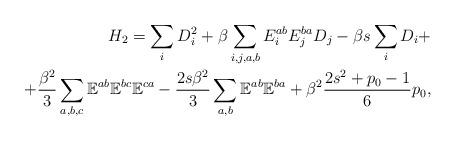
LaTeX: \begin{align*}H_{2}=\sum_i D_i^2+\beta\sum_{i,j,a,b}E^{ab}_iE^{ba}_jD_j-\beta s\sum_i D_i+\\+\frac{\beta^2}{3}\sum_{a,b,c}\mathbb{E}^{ab}\mathbb{E}^{bc}\mathbb{E}^{ca}-\frac{2s\beta^2}{3}\sum_{a,b}\mathbb{E}^{ab}\mathbb{E}^{ba}+\beta^2\frac{2s^2+p_0-1}{6}p_0,\end{align*}